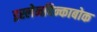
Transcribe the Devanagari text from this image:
इस्लेनदिन्काबोक